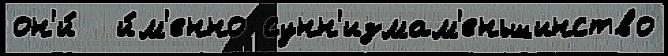
он'и́  и́м'енно сунн'измам'еньшинство